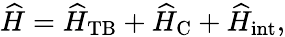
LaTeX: \widehat{H}=\widehat{H}_{\mathrm{TB}}+\widehat{H}_{\mathrm{C}}+\widehat{H}_{\mathrm{int}},